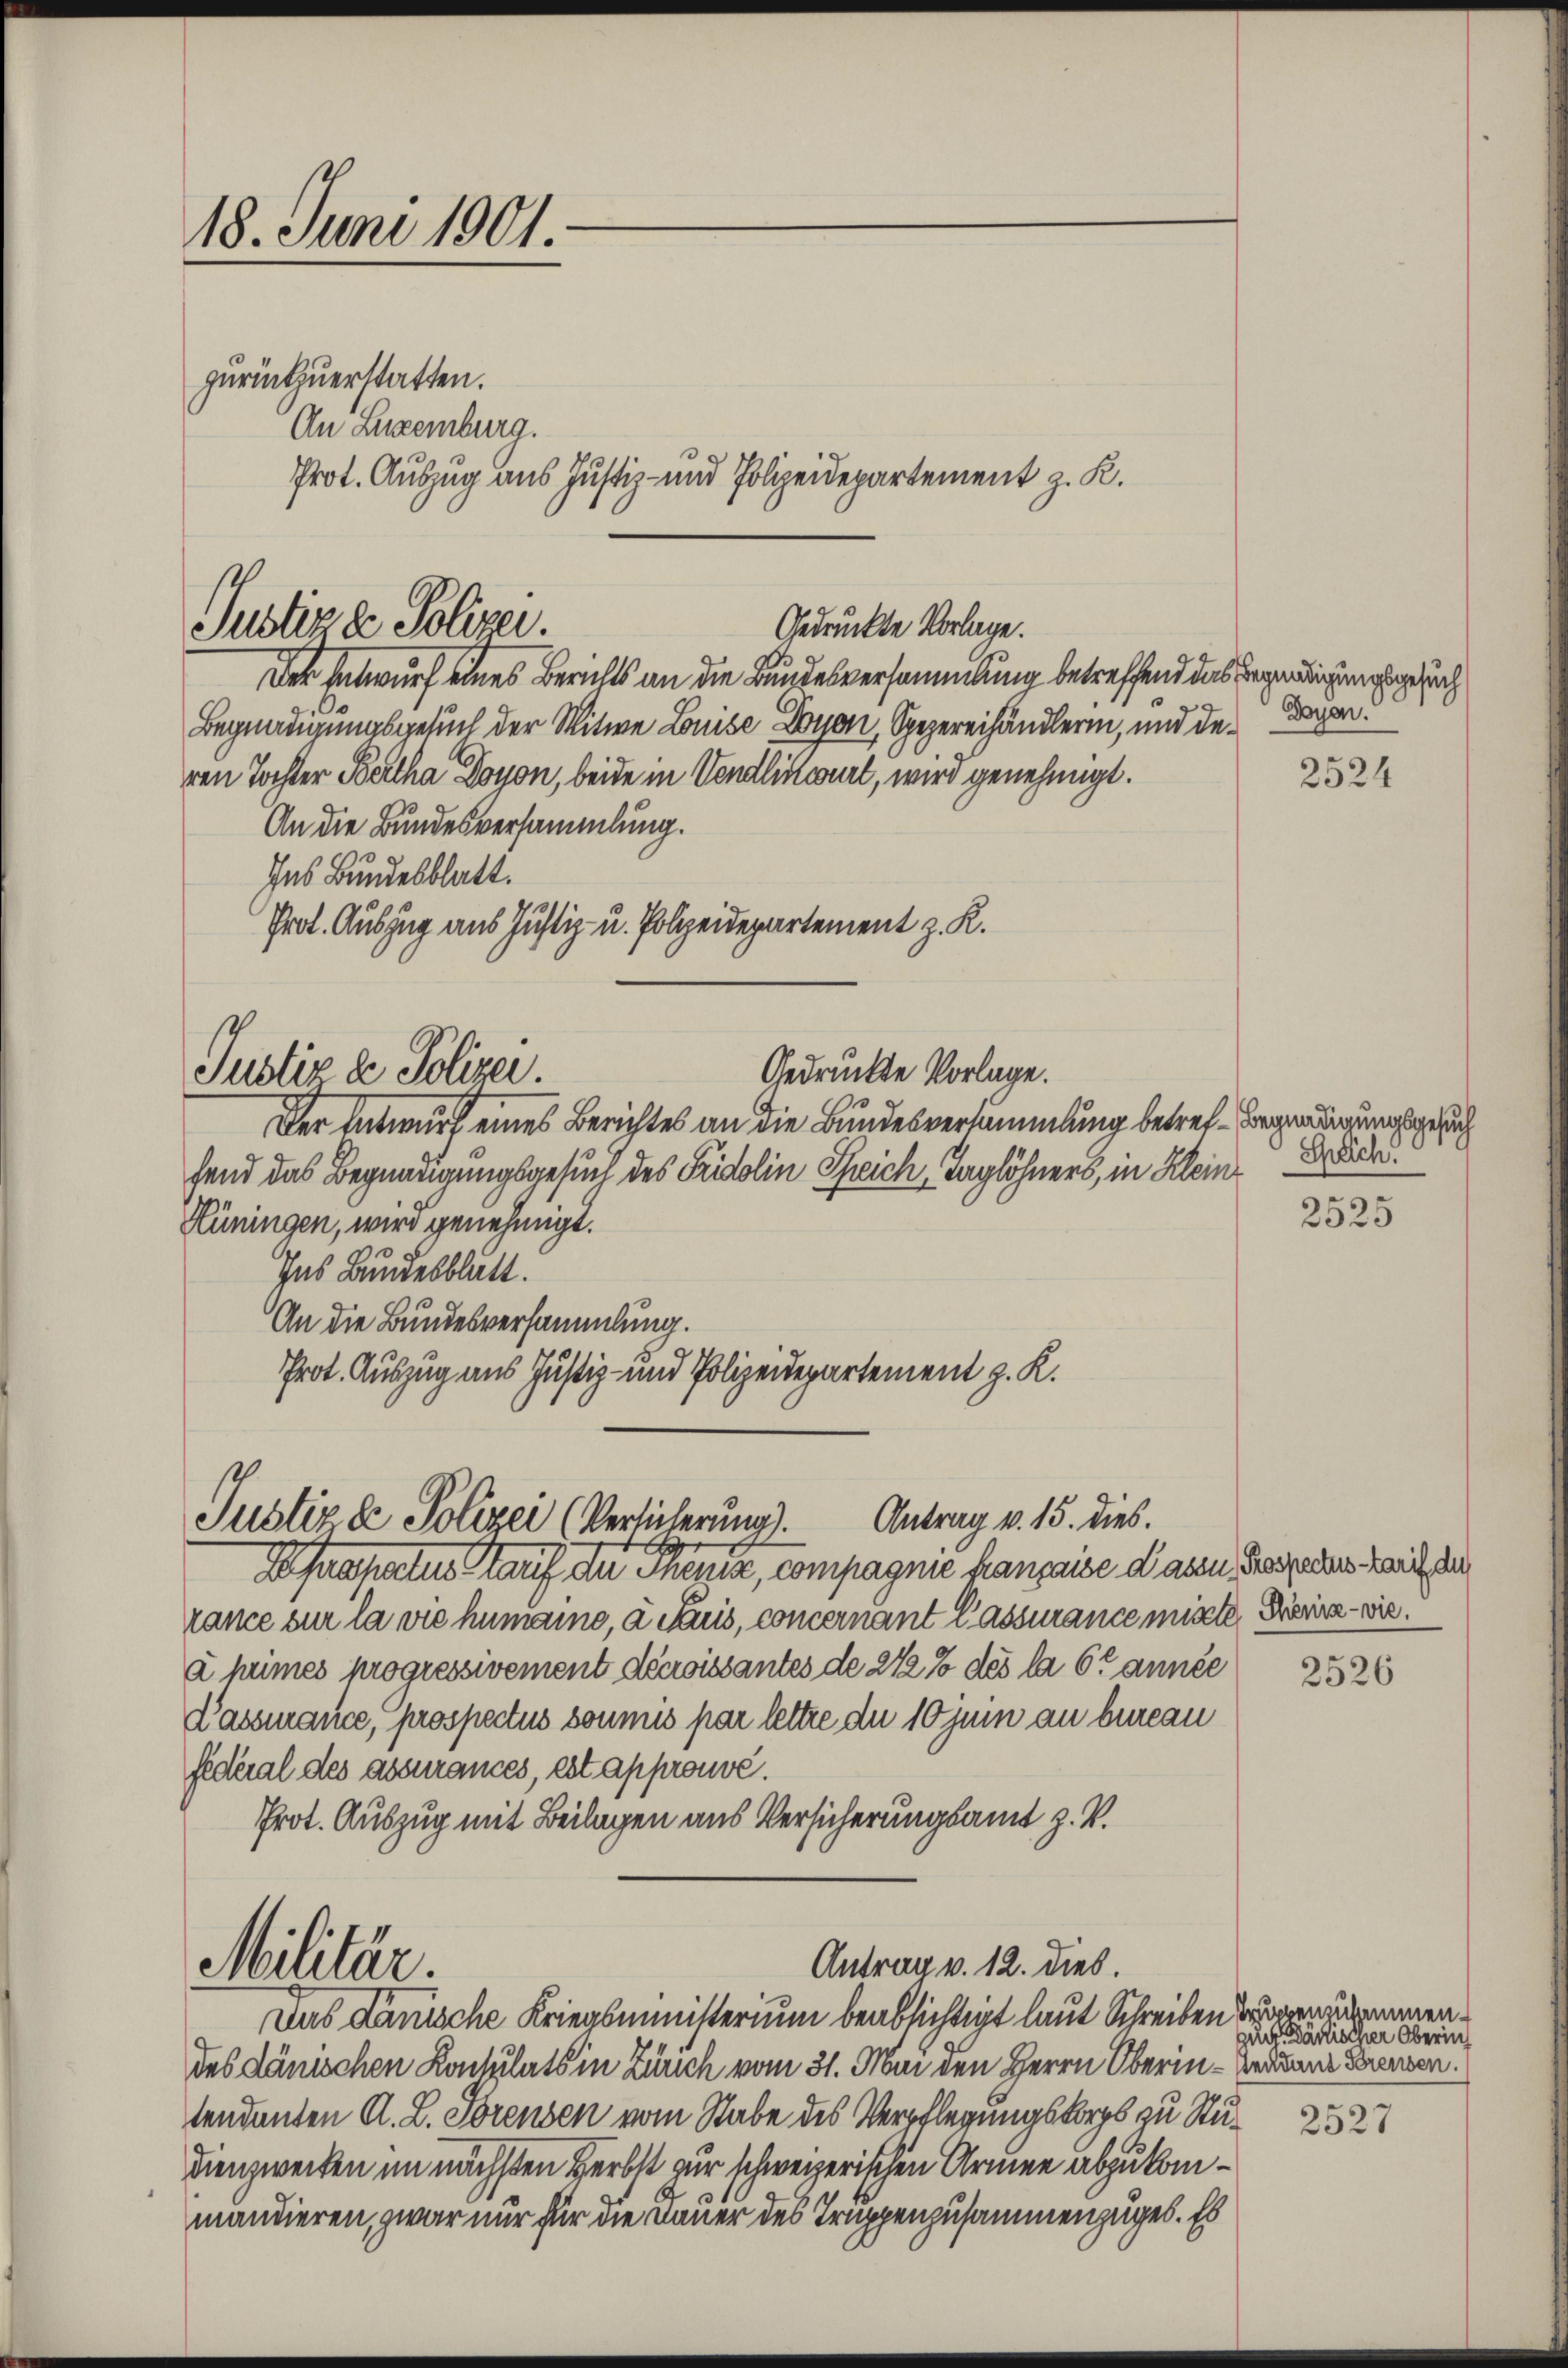
18. Juni 1901.
zurückzuerstatten.
An Luxenburg.

Justiz & Polizei.

Justiz & Polizei.

Der Entwurf eines Berichts an die Bundesversammlung betreffend das Begnadigungsgesuch
Begnadigungsgesuch der Witwe Louise Lyon, Spezereihändlerin, und der Daverren Tochter Bertha Doyon, beide in Vendlistiert, wird genehmigt.
An die Bundesversammlung.
Ins Bundesblatt.
Prot. Auszug aus Justiz- u. Polizeidepartement z. R.

Justiz de Polizei (Versicherung). Antrag v. 15. dies

Militär.

Prot. Auszug aus Justiz- und Polizeidepartement z. R.

Gedruckte Vorlage.

Gedruckte Vorlage.

Der Entwurf eines Berichtes an die Bundesversammlung betref-Begnadigungsgesuch
fend das Begnadigungsgesuch des Fridolin Speich, Taglöhners, in Klein
Hüningen, wird genehmigt.
Ins Bundesblatt.
An die Bundesversammlung.
Prot. Auszug aus Justiz- und Polizeidepartement z. K.

Asafatus auf den Themise, compagnie hanpaise dasse, Grosze des Rauch der
rance sur la vie humanno, a Saus, concernant lassurance mische Prira - wieà heimes progressivement décroissantes de 212% des la 6 t année
Kassance, prospectus soumis par lettre du 10 Juni an bureau
federal des assurances, est approuvé.
Prot. Auszug mit Beilagen aus Versicherungsamt z. B.

des dänischen Konsulats in Zürich vom 31. Mai den Herrn Oberin - Beruane Brennen.
tendanten A. L. Torensen vom Stabe des Verpflegungskorps zu Stu
dienzweiten im nächsten Herbst zur schweizerischen Armen abzukommandieren, zwar nur für die Dauer des Truppenzusammenzuges. Es

Antrag v. 12. dies.
Das Danische Kriegsministerium beabsichtigt laut Schreiben dannzumen¬

2524

2525

2526

Speich.

Auch Dänischer Oberin